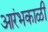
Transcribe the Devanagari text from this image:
आरंभकाळी